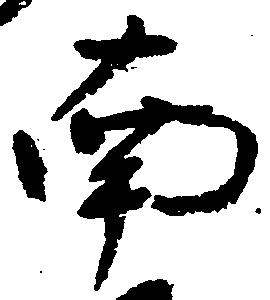
南